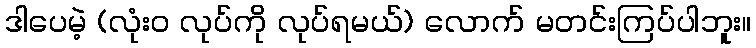
ဒါပေမဲ့ (လုံးဝ လုပ်ကို လုပ်ရမယ်) လောက် မတင်းကြပ်ပါဘူး။